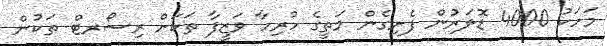
މަހަކު 4000 ޑޮލަރުން ފެށިގެން މަތީގެ ހުރިހާ ވަޒީފާ ތަކަށް ރިސޯރޓް ތަކުން